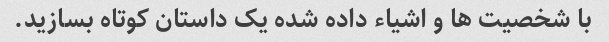
با شخصیت ها و اشیاء داده شده یک داستان کوتاه بسازید.